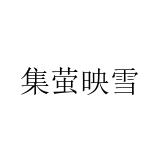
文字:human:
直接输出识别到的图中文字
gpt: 集萤映雪